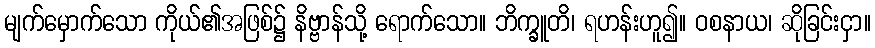
မျက်မှောက်သော ကိုယ်၏အဖြစ်၌ နိဗ္ဗာန်သို့ ရောက်သော။ ဘိက္ခူတိ၊ ရဟန်းဟူ၍။ ဝစနာယ၊ ဆိုခြင်းငှာ။